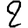
Digit: 2